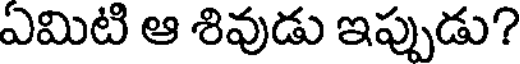
ఏమిటి ఆ శివుడు ఇప్పుడు?